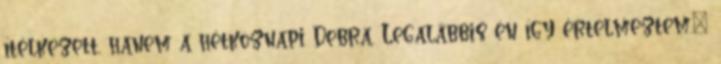
ítélkezett, hanem a hétköznapi Debra. Legalábbis én így értelmeztem.”